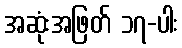
အဆုံးအဖြတ် ၁၇-ပါး